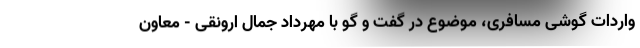
واردات گوشی مسافری، موضوع در گفت و گو با مهرداد جمال ارونقی - معاون